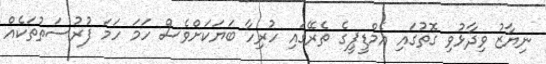
ނިޔާޒު ވިދާޅުވި ގޮތުގައި އެމްޑީޕީގެ ތެރޭގައި ހުރިހާ ބަޔަކަށްވެސް ހަމަ ހަމަ ފުރުސަތުތަކެއް